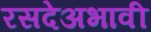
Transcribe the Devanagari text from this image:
रसदेअभावी